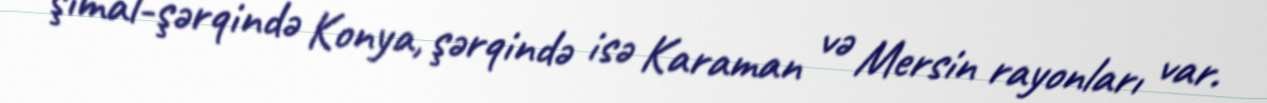
şimal-şərqində Konya, şərqində isə Karaman və Mersin rayonları var.